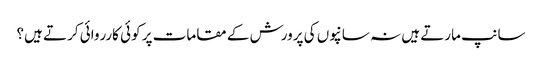
سانپ مارتے ہیں نہ سانپوں کی پرورش کے مقامات پر کوئی کارروائی کرتے ہیں؟